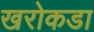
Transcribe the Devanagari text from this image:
खरोकडा